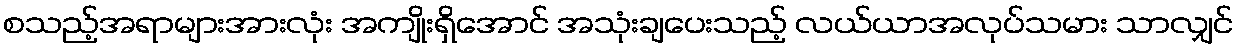
စသည့်အရာများအားလုံး အကျိုးရှိအောင် အသုံးချပေးသည့် လယ်ယာအလုပ်သမား သာလျှင်